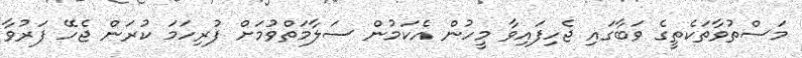
މަސްތުވާތަކެތީގެ ވަބާގައި ޖެހިފައިވާ މީހުން އެކަމުން ސަލާމަތްވުމަށް ފުރިހަމަ ކުރަން ޖެހޭ ފަރުވާ